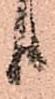
り